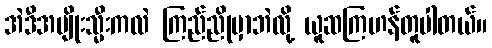
အဲဒီအမျိုးသ္မီးကလဲ ကြည်ညိုမှာဘဲလို့ ယူဆကြဟန်တူပါတယ်။